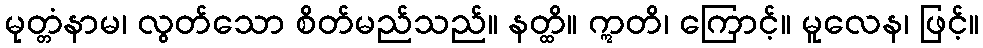
မုတ္တံနာမ၊ လွတ်သော စိတ်မည်သည်။ နတ္ထိ။ ဣတိ၊ ကြောင့်။ မူလေန၊ ဖြင့်။